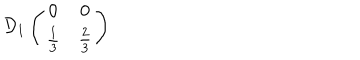
LaTeX: \mathcal { D } _ { 1 } \left( \begin{array} { c c } { { 0 } } & { { 0 } } \\ { { \frac { 1 } { 3 } } } & { { \frac { 2 } { 3 } } } \\ \end{array} \right)